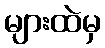
များထဲမှ